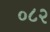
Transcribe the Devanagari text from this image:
०८२